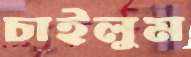
চাইলুম